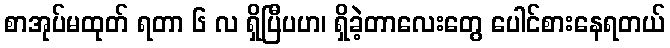
စာအုပ်မထုတ် ရတာ ၆ လ ရှိပြီပဟ၊ ရှိခဲ့တာလေးတွေ ပေါင်စားနေရတယ်